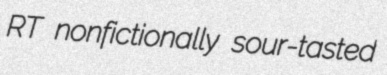
RT nonfictionally sour-tasted